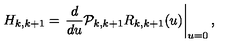
H _ { k , k + 1 } = \left. \frac { d } { d u } { \cal P } _ { k , k + 1 } R _ { k , k + 1 } ( u ) \right| _ { u = 0 } ,